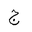
Letter: _gim